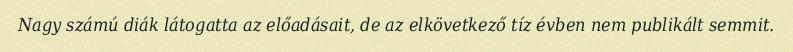
Nagy számú diák látogatta az előadásait, de az elkövetkező tíz évben nem publikált semmit.